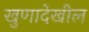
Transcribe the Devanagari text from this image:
खुणादेखील